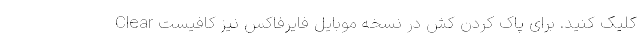
Clear کلیک کنید. برای پاک کردن کش در نسخه موبایل فایرفاکس نیز کافیست